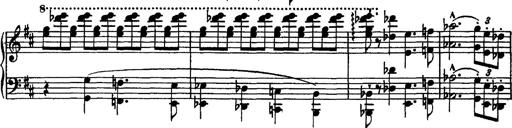
Title: Piano Sonata
Composer: Karl HÃ¤ssler
Key: C major